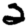
Digit: 2